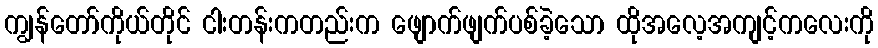
ကျွန်တော်ကိုယ်တိုင် ငါးတန်းကတည်းက ဖျောက်ဖျက်ပစ်ခဲ့သော ထိုအလေ့အကျင့်ကလေးကို